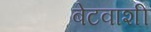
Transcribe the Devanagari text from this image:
बेटवाशी